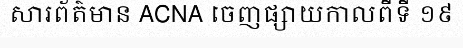
សារព័ត៌មាន ACNA ចេញផ្សាយកាលពីទី ១៩